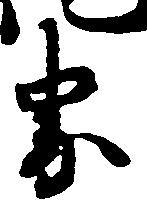
界